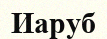
Иаруб